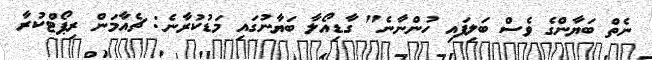
ނެތް ބަޔާންގެ ވެސް ބަލިފައި ހުންނާނެ" ގާޑިއޯލާ ބަޔާނުގައި މަޑުކުރާނެ: ޗެއާމަން ރިޕޯޓްކުރާ